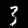
Label: 3